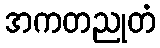
အကတညုတံ